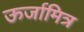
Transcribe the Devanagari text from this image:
ऊर्जामित्र